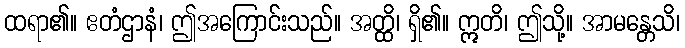
ထရာ၏။ ဧတံဌာနံ၊ ဤအကြောင်းသည်။ အတ္ထိ၊ ရှိ၏။ ဣတိ၊ ဤသို့။ အာမန္တေသိ၊